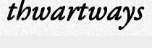
thwartways